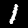
Digit: 1